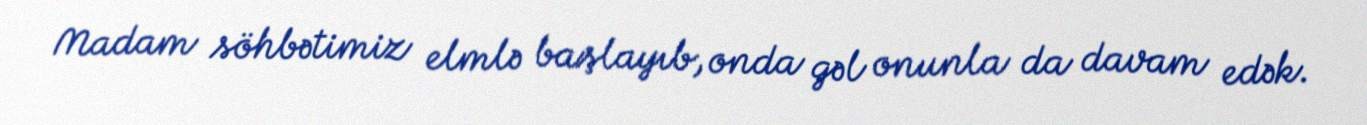
Madam söhbətimiz elmlə başlayıb, onda gəl onunla da davam edək.